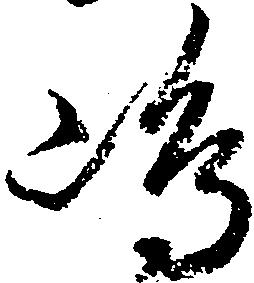
嶋